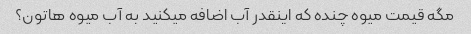
مگه قیمت میوه چنده که اینقدر آب اضافه میکنید به آب میوه هاتون؟